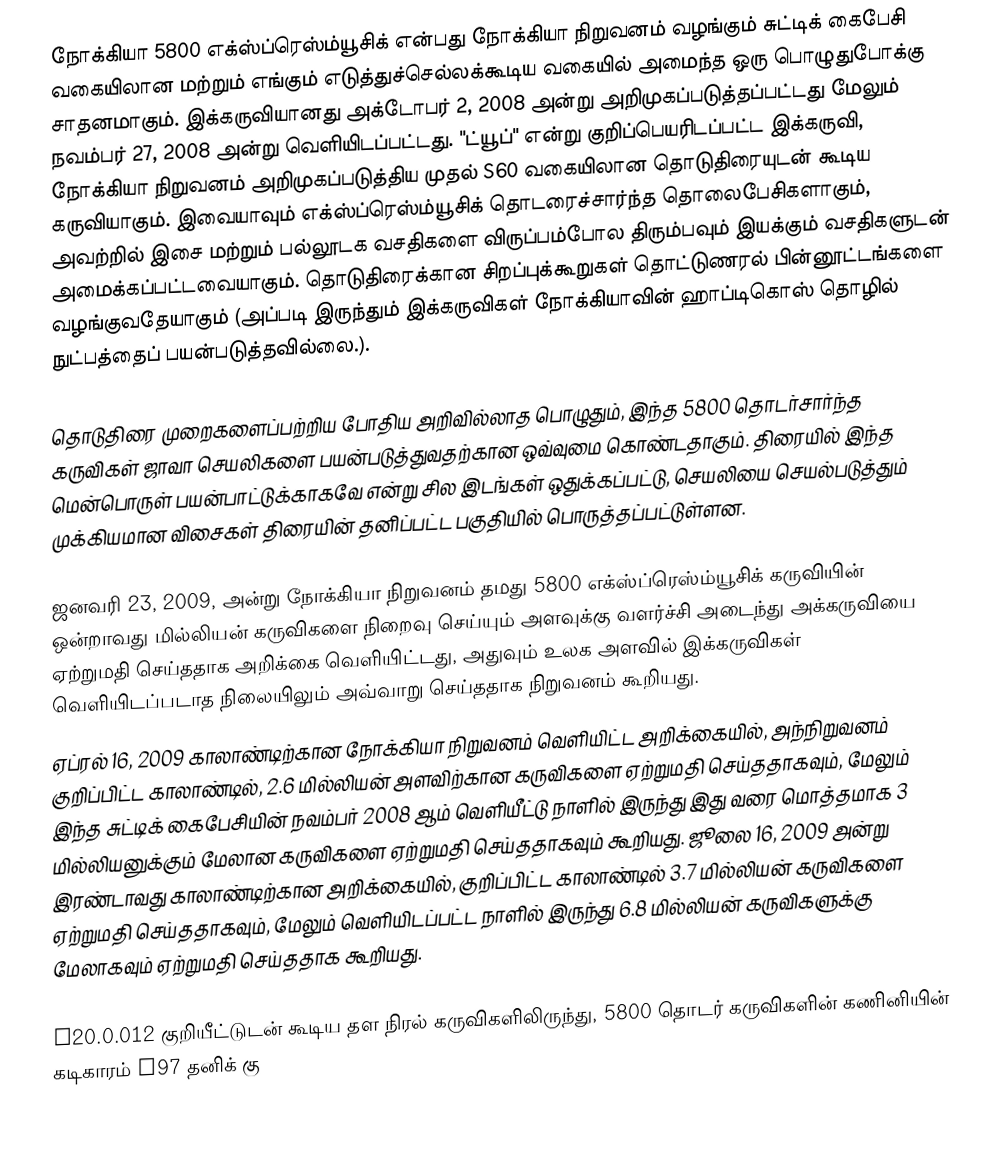
நோக்கியா 5800 எக்ஸ்ப்ரெஸ்ம்யூசிக் என்பது நோக்கியா நிறுவனம் வழங்கும் சுட்டிக் கைபேசி வகையிலான மற்றும் எங்கும் எடுத்துச்செல்லக்கூடிய வகையில் அமைந்த ஒரு பொழுதுபோக்கு சாதனமாகும். இக்கருவியானது அக்டோபர் 2, 2008 அன்று அறிமுகப்படுத்தப்பட்டது மேலும் நவம்பர் 27, 2008 அன்று வெளியிடப்பட்டது. "ட்யூப்" என்று குறிப்பெயரிடப்பட்ட இக்கருவி, நோக்கியா நிறுவனம் அறிமுகப்படுத்திய முதல் S60 வகையிலான தொடுதிரையுடன் கூடிய கருவியாகும். இவையாவும் எக்ஸ்ப்ரெஸ்ம்யூசிக் தொடரைச்சார்ந்த தொலைபேசிகளாகும், அவற்றில் இசை மற்றும் பல்லூடக வசதிகளை விருப்பம்போல திரும்பவும் இயக்கும் வசதிகளுடன் அமைக்கப்பட்டவையாகும். தொடுதிரைக்கான சிறப்புக்கூறுகள் தொட்டுணரல் பின்னூட்டங்களை வழங்குவதேயாகும் (அப்படி இருந்தும் இக்கருவிகள் நோக்கியாவின் ஹாப்டிகொஸ் தொழில் நுட்பத்தைப் பயன்படுத்தவில்லை.).

தொடுதிரை முறைகளைப்பற்றிய போதிய அறிவில்லாத பொழுதும், இந்த 5800 தொடர்சார்ந்த கருவிகள் ஜாவா செயலிகளை பயன்படுத்துவதற்கான ஒவ்வுமை கொண்டதாகும். திரையில் இந்த மென்பொருள் பயன்பாட்டுக்காகவே என்று சில இடங்கள் ஒதுக்கப்பட்டு, செயலியை செயல்படுத்தும் முக்கியமான விசைகள் திரையின் தனிப்பட்ட பகுதியில் பொருத்தப்பட்டுள்ளன.

ஜனவரி 23, 2009, அன்று நோக்கியா நிறுவனம் தமது 5800 எக்ஸ்ப்ரெஸ்ம்யூசிக் கருவியின் ஒன்றாவது மில்லியன் கருவிகளை நிறைவு செய்யும் அளவுக்கு வளர்ச்சி அடைந்து அக்கருவியை ஏற்றுமதி செய்ததாக அறிக்கை வெளியிட்டது, அதுவும் உலக அளவில் இக்கருவிகள் வெளியிடப்படாத நிலையிலும் அவ்வாறு செய்ததாக நிறுவனம் கூறியது.
ஏப்ரல் 16, 2009 காலாண்டிற்கான நோக்கியா நிறுவனம் வெளியிட்ட அறிக்கையில், அந்நிறுவனம் குறிப்பிட்ட காலாண்டில், 2.6 மில்லியன் அளவிற்கான கருவிகளை ஏற்றுமதி செய்ததாகவும், மேலும் இந்த சுட்டிக் கைபேசியின் நவம்பர் 2008 ஆம் வெளியீட்டு நாளில் இருந்து இது வரை மொத்தமாக 3 மில்லியனுக்கும் மேலான கருவிகளை ஏற்றுமதி செய்ததாகவும் கூறியது. ஜூலை 16, 2009 அன்று இரண்டாவது காலாண்டிற்கான அறிக்கையில், குறிப்பிட்ட காலாண்டில் 3.7 மில்லியன் கருவிகளை ஏற்றுமதி செய்ததாகவும், மேலும் வெளியிடப்பட்ட நாளில் இருந்து 6.8 மில்லியன் கருவிகளுக்கு மேலாகவும் ஏற்றுமதி செய்ததாக கூறியது.

V20.0.012 குறியீட்டுடன் கூடிய தள நிரல் கருவிகளிலிருந்து, 5800 தொடர் கருவிகளின் கணினியின் கடிகாரம் N97 தனிக் கு